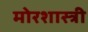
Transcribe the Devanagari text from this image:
मोरशास्त्री